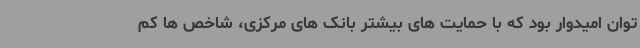
توان امیدوار بود که با حمایت های بیشتر بانک های مرکزی، شاخص ها کم